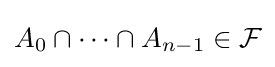
A_{0}\cap \dots \cap A_{n-1}\in {\mathcal {F}}